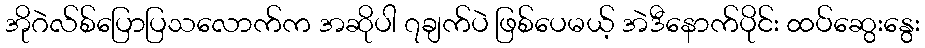
အိုဂဲလ်စ်ပြောပြသလောက်က အဆိုပါ ၇ချက်ပဲ ဖြစ်ပေမယ့် အဲဒီနောက်ပိုင်း ထပ်ဆွေးနွေး